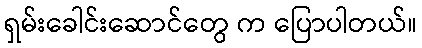
ရှမ်းခေါင်းဆောင်တွေ က ပြောပါတယ်။